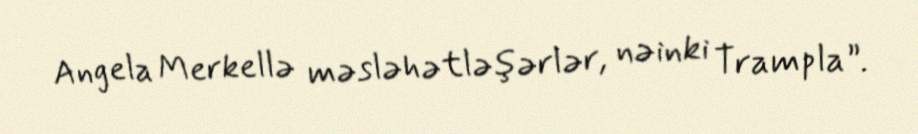
Angela Merkellə məsləhətləşərlər, nəinki Trampla”.